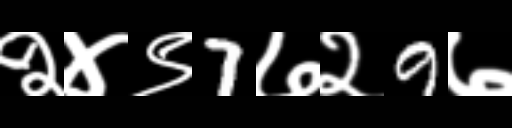
Text: २४९7७२9७